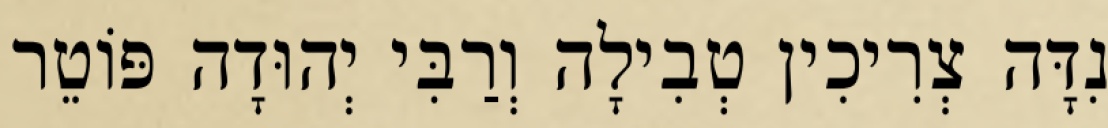
נִדָּה צְרִיכִין טְבִילָה וְרַבִּי יְהוּדָה פּוֹטֵר